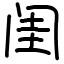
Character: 闺